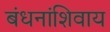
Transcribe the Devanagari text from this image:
बंधनांशिवाय